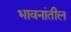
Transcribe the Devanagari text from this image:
भावनांतील